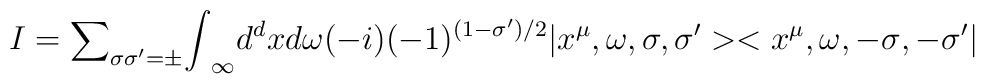
I= {\sum}_{{\sigma}{\sigma}'={\pm}}{\int}_{\infty} d^dx d{\omega}(-i)(-1)^{(1-{\sigma}')/2}|x^{\mu},{\omega}, {\sigma},{\sigma'}><x^{\mu},{\omega}, {-\sigma},{-\sigma'}|